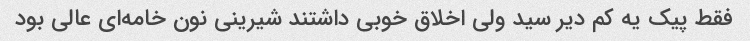
فقط پیک یه کم دیر سید ولی اخلاق خوبی داشتند شیرینی نون خامه‌ای عالی بود